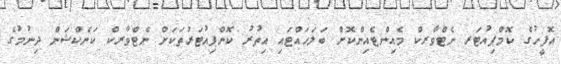
އޮފީހުގެ ކޮމްޕިއުޓަރ ނެޓްވާރކް މެއިންޓެއިންކޮށް ބަލަހައްޓައި އިތުރު ކޮންޕިއުޓަރުތަކަށް ނެޓްވާރކް ކަނެކްޝަން ދިނުމުގެ